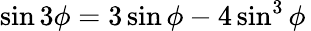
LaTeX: \sin 3\phi=3\sin\phi-4\sin^{3}\phi\,